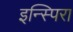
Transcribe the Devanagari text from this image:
इन्स्पिरा